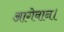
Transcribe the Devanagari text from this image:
आगेवान।